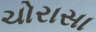
ચોરાસા